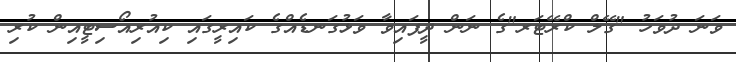
ވަނަ ދުވަހު "ގޭލް ކްރޭޓަރ"ގެ ނަން ދީފައިވާ ވަޅުގަނޑެއްގެ ކައިރީގައި ކިއުރިއޯސިޓީއިން ކުރި